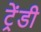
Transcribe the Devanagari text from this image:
ट्रेंडी